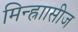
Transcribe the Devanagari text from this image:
मिन्ह्राासीज